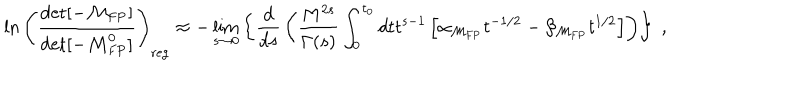
LaTeX: \ln \left( { \frac { \det [ - { \cal M } _ { \mathrm { F P } } ] } { \det [ - { \cal M } _ { \mathrm { F P } } ^ { 0 } ] } } \right) _ { \mathrm { r e g } } \approx - \lim _ { s \to 0 } \left\{ { \frac { d } { d s } } \left( { \frac { M ^ { 2 s } } { \Gamma ( s ) } } \int _ { 0 } ^ { t _ { 0 } } d t t ^ { s - 1 } \left[ \alpha _ { { \cal M } _ { \mathrm { F P } } } t ^ { - 1 / 2 } - \beta _ { { \cal M } _ { \mathrm { F P } } } t ^ { 1 / 2 } \right] \right) \right\} \; ,